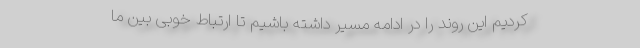
کردیم این روند را در ادامه مسیر داشته باشیم تا ارتباط خوبی بین ما